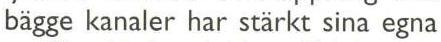
bägge kanaler har stärkt sina egna